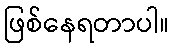
ဖြစ်နေရတာပါ။